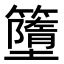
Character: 𥶴